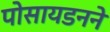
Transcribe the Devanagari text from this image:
पोसायडनने